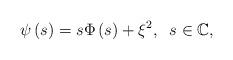
LaTeX: \begin{align*}\psi \left( s\right) =s\Phi \left( s\right) +\xi ^{2},\;\;s\in \mathbb{C}, \end{align*}